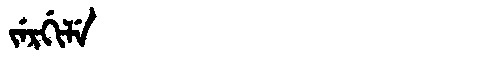
Manchu: ᠵᡝᡵᡤᡳᠯᡝ
Romanization: JERGILE